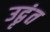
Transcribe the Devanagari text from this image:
उद्वृंत